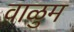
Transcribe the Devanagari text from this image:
वाळुम